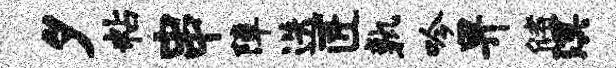
夕粘串障迭匠孰吟畀储溟